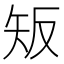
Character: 𥎮